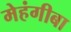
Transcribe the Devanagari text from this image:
मेहंगीबा